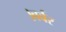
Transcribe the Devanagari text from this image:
।बर्बर